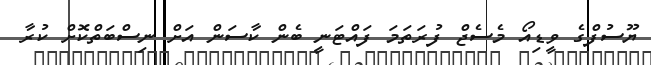
ޔޫސުފްގެ ވީޑިއޯ މެސެޖް ފުރަތަމަ ފައްޓަނީ ބެން ކާސަން އަށް ނިސްބަތްކޮށް ކުރާ